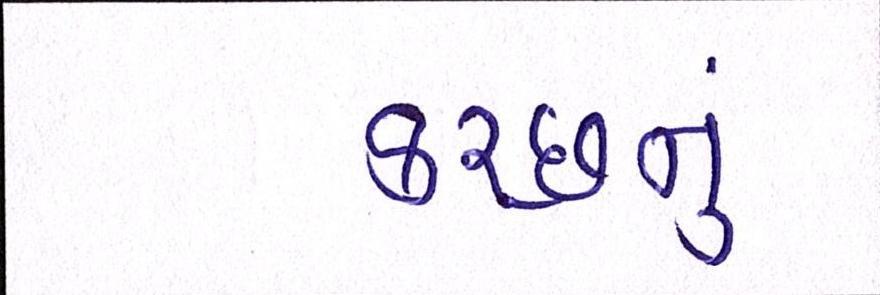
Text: કચ્છનું